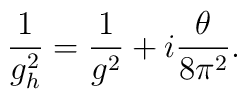
\frac {1}{g_h^2} = \frac{1}{g^2} + i \frac{\theta}{8 \pi^2}.